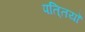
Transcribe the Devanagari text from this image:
पति्तयाँ